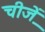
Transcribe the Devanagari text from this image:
चीजे़ें